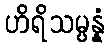
ဟိရိသမ္ပန္နံ